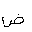
Letter: _dad